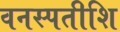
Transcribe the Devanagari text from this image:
वनस्पतीशि